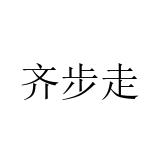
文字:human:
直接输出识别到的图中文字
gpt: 齐步走